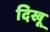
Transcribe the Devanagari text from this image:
दिखू